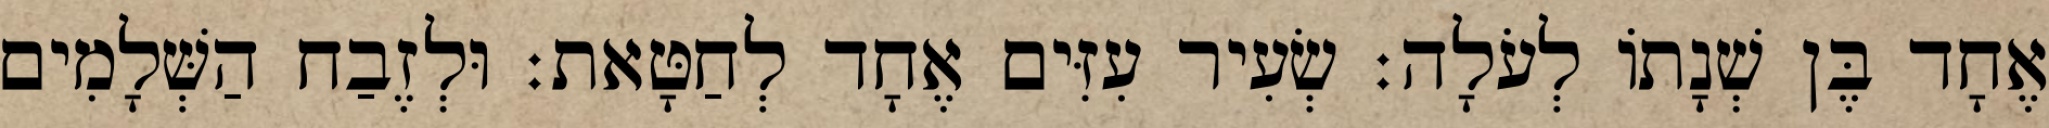
אֶחָד בֶּן שְׁנָתוֹ לְעֹלָה׃ שְׂעִיר עִזִּים אֶחָד לְחַטָּאת׃ וּלְזֶבַח הַשְּׁלָמִים